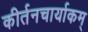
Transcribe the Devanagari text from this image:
कीर्तनचार्याकम्‌